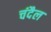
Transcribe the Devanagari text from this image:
चंदैल